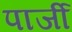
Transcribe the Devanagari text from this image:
पार्जी